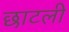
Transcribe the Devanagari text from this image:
छाटली